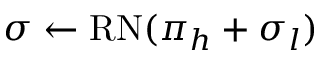
\sigma \gets \mathrm { R N } ( \pi _ { h } + \sigma _ { l } )